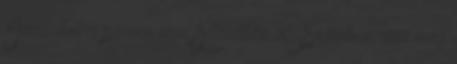
Igazából a párom nem Adanában él. Erzinben, ami még